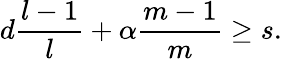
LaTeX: d\frac{l-1}{l}+\alpha\frac{m-1}{m}\geq s.